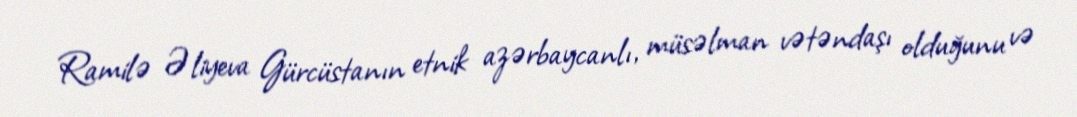
Ramilə Əliyeva Gürcüstanın etnik azərbaycanlı, müsəlman vətəndaşı olduğunu və